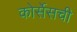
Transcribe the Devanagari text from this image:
कोर्सेसची